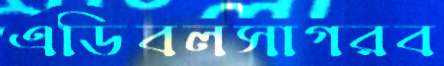
এডিবলসাগরব